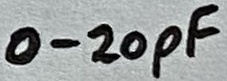
Text: 0-20pF